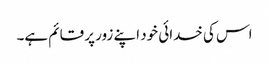
اس کی خدائی خود اپنے زور پر قائم ہے۔